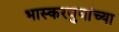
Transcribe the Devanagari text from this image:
भास्करबुवांच्या